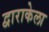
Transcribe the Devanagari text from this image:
द्वाराकेला